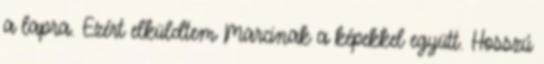
a lapra. Ezért elküldtem Marcinak a képekkel együtt. Hosszú